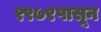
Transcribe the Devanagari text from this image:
१९७९पासून